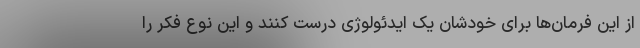
از این فرمان‌ها برای خودشان یک ایدئولوژی درست کنند و این نوع فکر را